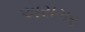
અસગર